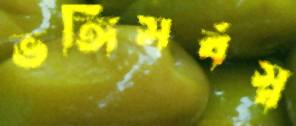
ভঙ্গিসর্বস্ব